Civil Veterinary Department. Madras. Admin. report 1926-33 - 1926-1933
Year: 1926
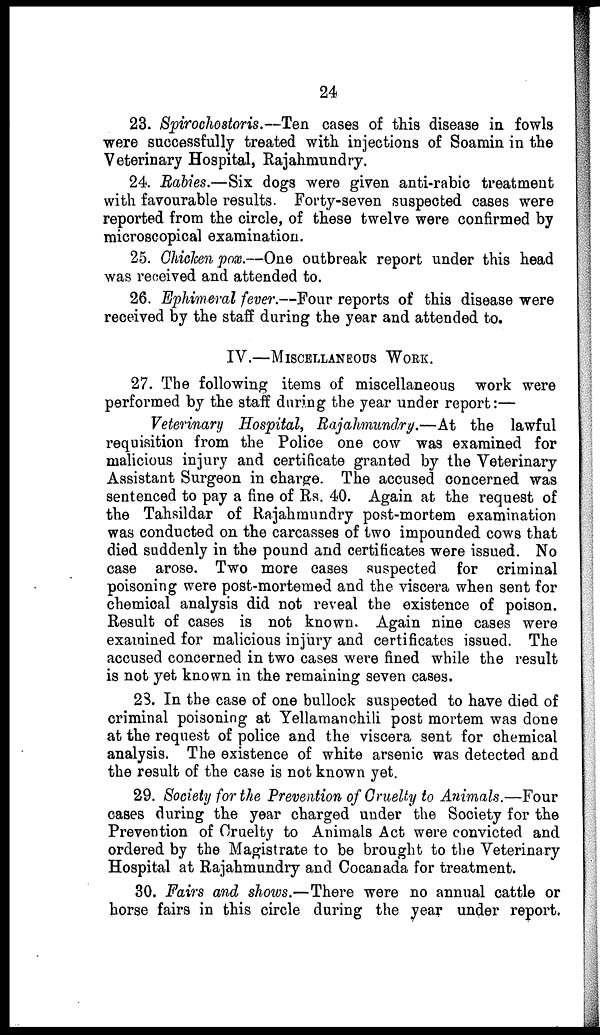
24
23. Spirochostoris.—Ten oases of this disease in fowls
were successfully treated with injections of Soamin in the
Veterinary Hospital, Rajahmundry.
24. Rabies.—Six dogs were given anti-rabic treatment
with favourable results. Forty-seven suspected cases were
reported from the circle, of these twelve were confirmed by
microscopical examination.
25. Chicken pox.—One outbreak report under this head
was received and attended to.
26. Ephimeral fever.—Four reports of this disease were
received by the staff during the year and attended to.
IV.—MISCELLANEOUS WORK.
27. The following items of miscellaneous work were
performed by the staff during the year under report:—
Veterinary Hospital, Rajahmundry.—At the lawful
requisition from the Police one cow was examined for
malicious injury and certificate granted by the Veterinary
Assistant Surgeon in charge. The accused concerned was
sentenced to pay a fine of Rs. 40. Again at the request of
the Tahsildar of Rajahmundry post-mortem examination
was conducted on the carcasses of two impounded cows that
died suddenly in the pound and certificates were issued. No
case arose. Two more eases suspected for criminal
poisoning were post-mortemed and the viscera when sent for
chemical analysis did not reveal the existence of poison.
Result of cases is not known. Again nine cases were
examined for malicious injury and certificates issued. The
accused concerned in two cases were fined while the result
is not yet known in the remaining seven cases.
28. In the case of one bullock suspected to have died of
criminal poisoning at Yellamanchili post mortem was done
at the request of police and the viscera sent for chemical
analysis. The existence of white arsenic was detected and
the result of the case is not known yet.
29. Society for the Prevention of Cruelty to Animals.—Four
cases during the year charged under the Society for the
Prevention of Cruelty to Animals Act were convicted and
ordered by the Magistrate to be brought to the Veterinary
Hospital at Rajahmundry and Cocanada for treatment.
30. Fairs and shows.—There were no annual cattle or
horse fairs in this circle during the year under report,